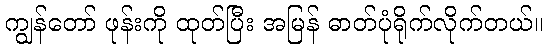
ကျွန်တော် ဖုန်းကို ထုတ်ပြီး အမြန် ဓာတ်ပုံရိုက်လိုက်တယ်။